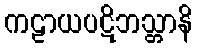
ကဠာယပဋိဘသ္တာနိ